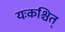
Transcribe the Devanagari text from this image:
यःकश्चित्